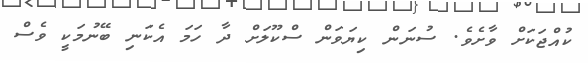
ކުއްޖަކަށް ވާށެވެ. ސުނަން ކިޔަވަން ސްކޫލަށް ދާ ހަމަ އެކަނި ބޭނުމަކީ ވެސް